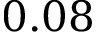
0 . 0 8